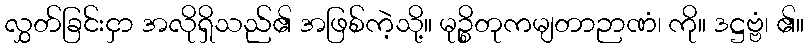
လွှတ်ခြင်းငှာ အလိုရှိသည်၏ အဖြစ်ကဲ့သို့။ မုဉ္စိတုကမျတာဉာဏံ၊ ကို။ ဒဋ္ဌဗ္ဗံ၊ ၏။